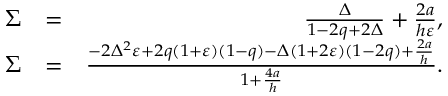
\begin{array} { r l r } { \Sigma } & { = } & { \frac { \Delta } { 1 - 2 q + 2 \Delta } + \frac { 2 a } { h \varepsilon } , } \\ { \Sigma } & { = } & { \frac { - 2 \Delta ^ { 2 } \varepsilon + 2 q ( 1 + \varepsilon ) ( 1 - q ) - \Delta ( 1 + 2 \varepsilon ) ( 1 - 2 q ) + \frac { 2 a } { h } } { 1 + \frac { 4 a } { h } } . } \\ & { } & \end{array}